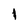
Character: 1